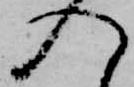
入